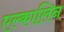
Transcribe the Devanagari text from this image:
एल्कालिन